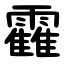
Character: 靃